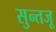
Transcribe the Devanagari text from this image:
सुन्तजू